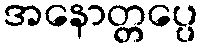
အနောတ္တပ္ပေ